Bombay plague: being a history of the progress of plague in the Bombay presidency from September 1896 to June 1899
Year: 1896
Disease focus: Plague
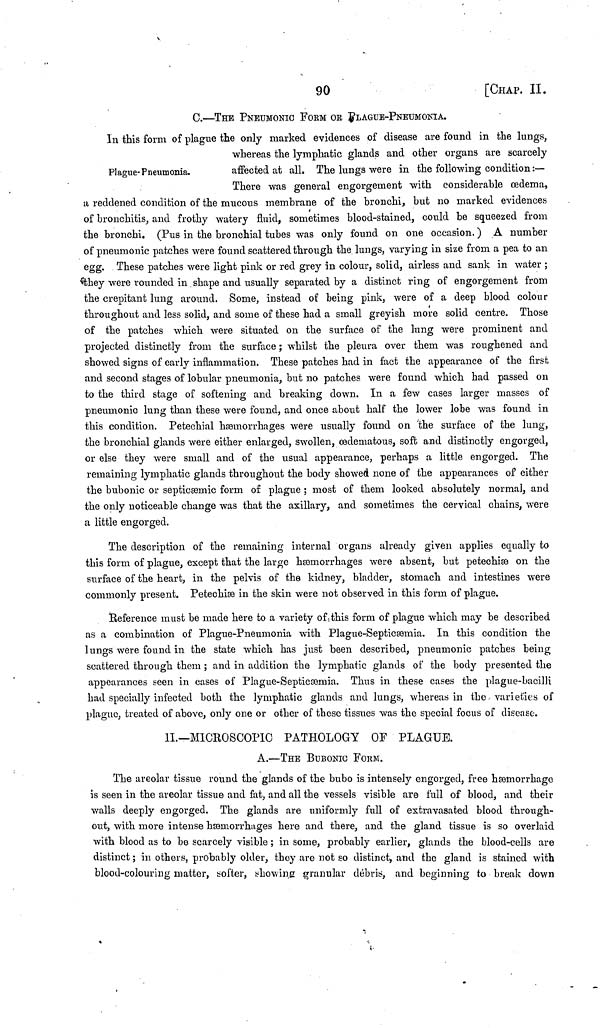
90
[CHAP. II.
G.—THE PNEUMONIC FORM OR pLAGUE-PNEUMONIA.
Plague- Pneumonia.
In this form of plague the only marked evidences of disease are found in the lungs,
whereas the lymphatic glands and other organs are scarcely
affected at all. The lungs were in the following condition :—
There was general engorgement with considerable œdema,
a reddened condition of the mucous membrane of the bronchi, but no marked evidences
of bronchitis, and frothy watery fluid, sometimes blood-stained, could be squeezed from
the bronchi. (Pus in the bronchial tubes was only found on one occasion. ) A number
of pneumonic patches were found scattered through the lungs, varying in size from a pea to an
egg. These patches were light pink or red grey in colour, solid, airless and sank in water ;
they were rounded in shape and usually separated by a distinct ring of engorgement from
the crépitant lung around. Some, instead of being pink, were of a deep blood colour
throughout and less solid, and some of these had a small greyish more solid centre. Those
of the patches which were situated on the surface of the lung were prominent and
projected distinctly from the surface ; whilst the pleura over them was roughened and
showed signs of early inflammation. These patches had in fact the appearance of the first
and second stages of lobular pneumonia, but no patches were found which had passed on
to the third stage of softening and breaking down. In a few cases larger masses of
pneumonic lung than these were found, and once about half the lower lobe was found in
this condition. Petechial hæmorrhages were usually found on the surface of the lung,
the bronchial glands were either enlarged, swollen, œdematous, soft and distinctly engorged,
or else they were small and of the usual appearance, perhaps a little engorged. The
remaining lymphatic glands throughout the body showed none of the appearances of either
the bubonic or septiceemic form of plague ; most of them looked absolutely normal, and
the only noticeable change was that the axillary, and sometimes the cervical chains, were
a little engorged.
The description of the remaining internal organs already given applies equally to
this form of plague, except that the large hæorrhages were absent, but petechiæ on the
surface of the heart, in the pelvis of the kidney, bladder, stomach and intestines were
commonly present. Petechise in the skin were not observed in this form of plague.
Reference must be made here to a variety of this form of plague which may be described
as a combination of Plague-Pneumonia with Plague-Septicsemia. In this condition the
lungs were found in the state which has just been described, pneumonic patches being
scattered through them ; and in addition the lymphatic glands of the body presented the
appearances seen in cases of Plague-Septicæmia. Thus in these cases the plague-bacilli
had specially infected both the lymphatic glands and lungs, whereas in the varieties of
plague, treated of above, only one or other of these tissues was the special focus of disease.
II.—MICROSCOPIC PATHOLOGY OF PLAGUE.
A.—THE BUBONIC FORM.
The areolar tissue round the glands of the bubo is intensely engorged, free hemorrhage
is seen in the areolar tissue and fat, and all the vessels visible are full of blood, and their
walls deeply engorged. The glands are uniformly full of extravasated blood through-
out, with more intense hæmorrhages here and there, and the gland tissue is so overlaid
with blood as to be scarcely visible ; in some, probably earlier, glands the blood-cells are
distinct ; in others, probably older, they are not so distinct, and the gland is stained with
blood-colouring matter, softer, showing granular débris, and beginning to break down